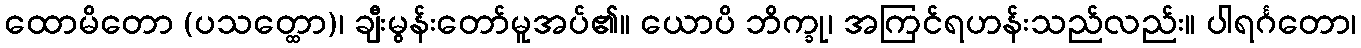
ထောမိတော (ပသတ္ထော)၊ ချီးမွန်းတော်မူအပ်၏။ ယောပိ ဘိက္ခု၊ အကြင်ရဟန်းသည်လည်း။ ပါရင်္ဂတော၊